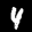
Label: 4